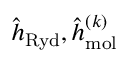
\hat { h } _ { \mathrm { R y d } } , \hat { h } _ { \mathrm { m o l } } ^ { ( k ) }